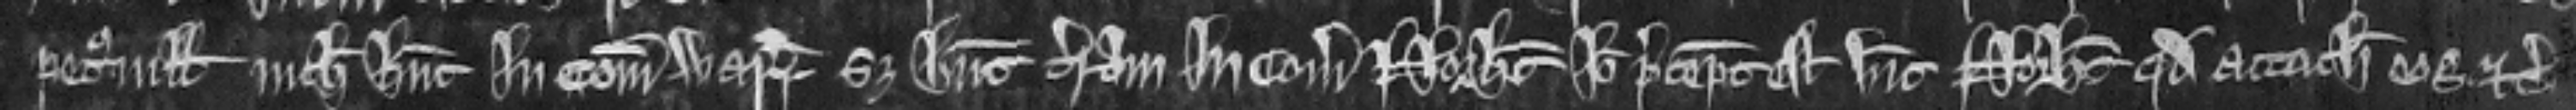
petronilla nichil habent in comitatu Warr set habent terram in comitatu Norht ideo preceptum est vicecomiti Norht quod attachiet eos etc.